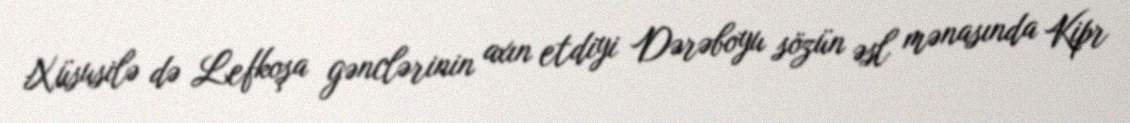
Xüsusilə də Lefkoşa gənclərinin axın etdiyi Dərəboyu sözün əsl mənasında Kipr